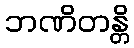
ဘဏိတန္တိ